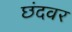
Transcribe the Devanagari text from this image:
छंदवर